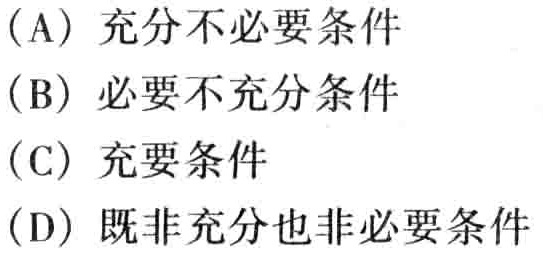
(A) 充分不必要条件
(B) 必要不充分条件
(C) 充要条件
(D) 既非充分也非必要条件